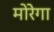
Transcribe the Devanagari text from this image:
मोरेगा